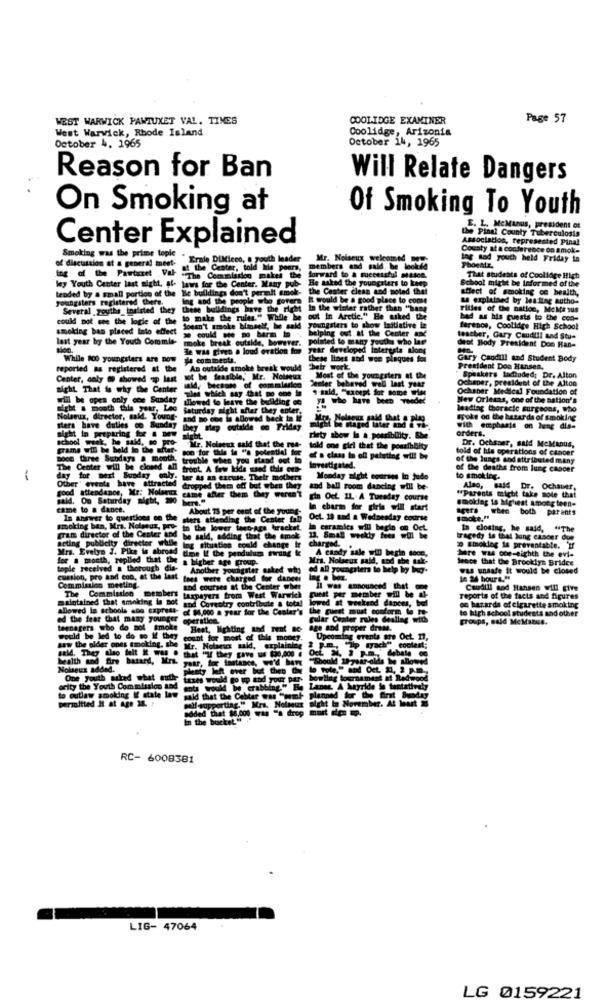
WEST WARWICK PAWTUXET VAL. TIMES
COOLIDGE EXAMINER
Page 57
West Warwick, Rhode Island
Coolidge, Arizonia
October 14, 1965
October 4, 1965
Reason for Ban
Will Relate Dangers
On Smoking at
Of Smoking To Youth
E. L. MeManos, president of
the Pinal County Tuberculosis
Center Explained
Association, represented Pinal
County at a conference on amok-
discussion at a general meet-
Smoking was the prime topic
"Ernie DUMieco, a youth Inader
Mr. Nolseux welcomed now
ing tod youth held Friday ta
at the Center, told his peers,
members and said. be lookde
forward to a successful masoe.
"The Cocamission makes the
Be asked the youngsters to keep
That students of Coolidge High
School might be informed of the
ley Youth Center last night. af- laws for the Center. Many pub-
tended by a small portion of the Ile buildings don't permit smok-
the Center clean and noted that
sflect of smoking ce health,
youngsters registered Chers.
Ing and the people who govern It would be a good place to come
& explained by leadtag autho-
Several youths_insisted they
these buildings have the
In the winter rather than "hana
Filles of the nation, MeMa sus
could not see the logic of the
to make the rules." While
out In Arctic." He asked the
bad as his quests to the con-
smoking ban placed into effect
doesn't smoke bimanif, he sold
could - o barm - , helping out at the Center wxd
youngsters to show Initiative in
ferencs, Coolidge High School
last year by the Youth Commie-
moke break outside, however.
polisted to many youths who lae
olated to
teacher, Gary Candill and Stu-
Je was given a loud eration for
r developed Intergata along
deof Body President Doe Han-
While 100 youngsters are now
je comments.
these lines and wee plaques foi
Gary Caudill and Student Body
reported as registered at the
An outalde smoke break would Detr work.
President Doo Hansen,
Center, coly @ showed Ip last
Center, coly @ showed ip last not be feasible,"Mr. Noireun
not be feasible," Mr. Noineux
commlarlee
Most of the youngsters at the
" Speakers laciudad: Dr. Alton
Ochaper, president of the Alton
night. That is why the Center
Senter behaved well last year
9 said, "except for so
Ochaner Medical Foundation of
will be apes only con Sunday
Lowed to leave the building en
with which say that Do que in
yl who have been
New Orleans, one of the nation's
leading thoracic surgeons, who
Nolaeux, director, sald. Young- and no one is allowed back ta It
and no one is allowed back in It
spoke on the batards of smoking
Bighit in preparing for . MW
sters have dulles co Sunday
they slep outilde . Friday
with emphasis on hurne dis-
orders.
school week, he said, to
Fiety abow ls a possibility. She
Dr. Ochsner, said McManus,
grams will be held in the after-
Mr. Nolsent said that the rue-
Siis le "a potential for
told one girl that the possibility
told of his operations of cancer
DOCE three Subdays & mouth. trouble when you stand out in
of a class in of patating will be
of the lungs and attributed many
The Center will be closed an
front. A few kids sand Chile con-
Investigated.
of the deaths from lung cancer
-
Other' events have attracted
day
for next Sunday onbe
ter & an excuse. Their mothers
Monday night courses in Judo
to smoking.
attendance, Mr: Nolaera
dropped them off but when they and ball room dancing will be-
came after them they weren't
Also, said Dr. Ochauer,
tid. On Saturday siebt, 200
Ein Oct. IL. A Tuesday course
smoklag ta highest among teen-
"Parents might take note that
came to a dance.
About 15 per cent of the young-
In charm for girls will start
agers when both parents
In Answer to questions on the
sters attending the Center tan Oct. 19 and a Wednesday course
Oct. 10 and a Wednesday course
smoking ban, Mrs. Nolgeus, Pay in the lower theo-Age bracket.
In closing, he said,
"The
gran director of the Center and
be said, adding that the tmok 13, Smal weekly fees wol ie
charged.
Sinokleg is preventable. if
tragedy is that lung casour
Mrs. Evelyn J. Pike is abroad tline If the pendulum FWrung &
acting publicity director while ing situation could change ir
A candy sale will begin sooe,
for a month, replied that the
a higher age group.
Mis. Nolseux said, and the take-
here was coe-eighth the evi-
frece that the Brooklyn Bridge
tople received a thorough dia-
Another youngster asked why od all youngsters to help by ing-
was unsafe it would be closed
cussion, pro and con, at the last
lods were charged for danger lng a box.
in 24 hours."
The Commission members
sod courses at the Cen
the Center wher
Il was announced that
Caudill sod Hansen will give
maintained that smoking la Bot
and Coventry contribute a total
taxpayers from West Warwick guest per member will be af-
lowed it weekend danous, bo
reports of the facts and figures
allowed in schools ano express- of $4 000 a year for the Caster's the guest must conform to re-
to high school students and other
on hazards of cigarette smoking
ed the fear that many younger
gular Center rules dealing with
groups, said McManus.
teenagers who do not smoke Heat, lighting and rent BC-
age and proper dress.
Upcoming
would be led to do so If they
saw the older ones smoking, she
count for most of this money.
. Nolame said,
2 .m ., "ip myach" co
ting erants are Oct. 17,
that "If they gave us $30,000 . Oct, 34, 3 p.m. debate
health and Bre hasard, Mrs.
your, for tastance, we'd have "Should 1-year-olds he showed
Nolseus added.
plenty left over but then they
o Pole," and Oct. M1, 2 P.m.
One youth asked what euthe
taxes would go up and your par- bowling tournament at ledwoo
ority the Youth Commission and
to outlaw smoking & state law
said that the Ceblar was "nemt planned for the first Bumday
would be crabbing" Be Lenez. A hayride lo tentatively
permitted It at age 34. !
self supporting." Mrs. Nolmeus night in November. At least
added that $8,000 was "a drop murt den sp.
in the bucket ""
RC- 6008381
LIG- 47064
LG 0159221